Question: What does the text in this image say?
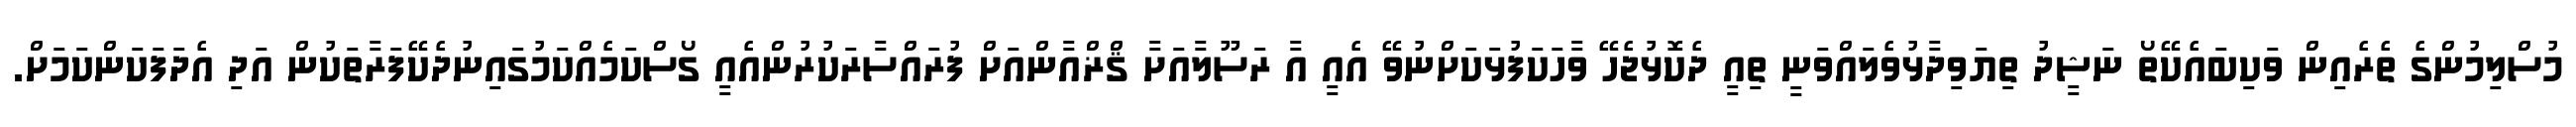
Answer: މުސްލިމުންގެ ތެރެއިން ވަކިބައެކޭތޯ ނަޝީދު ތިޔަވިދާޅުވެލައްވަނީ ތިއީ ދެކޮޅުޖެހޭ ވާހަކަފުޅަކަށްނުވޭ އެއީ އާ ރަސޫލާއަށާ ޤްޜްއާންއަށް ފުރައްސާރަކުރުންއެއީ ގޯސްކަމެއްކަމުގައިނުދެކޭފަރާތަކުން އަދި އެދަފަކަންކަމަށް.